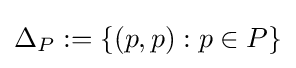
\Delta _{P}:=\{(p,p):p\in P\}